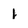
Character: 1